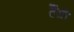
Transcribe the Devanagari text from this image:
हैंगी